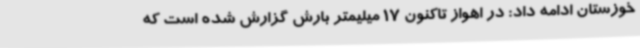
خوزستان ادامه داد: در اهواز تاکنون 17 میلیمتر بارش گزارش شده است که